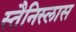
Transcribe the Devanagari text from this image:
स्तैनिस्लास